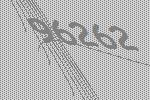
96262